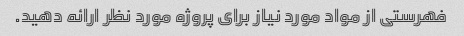
فهرستی از مواد مورد نیاز برای پروژه مورد نظر ارائه دهید.